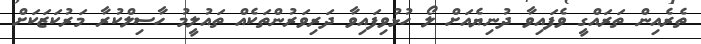
ތެރެއިން ތަރައްގީ ވެފައިވާ ދުނިޔެއަށް ލޯ ހުޅުވިފައިވާ ދަރިވަރުންތަކެއް ތައުލީމު ހާސިލްކުރާ މަރުކަޒަކަށް